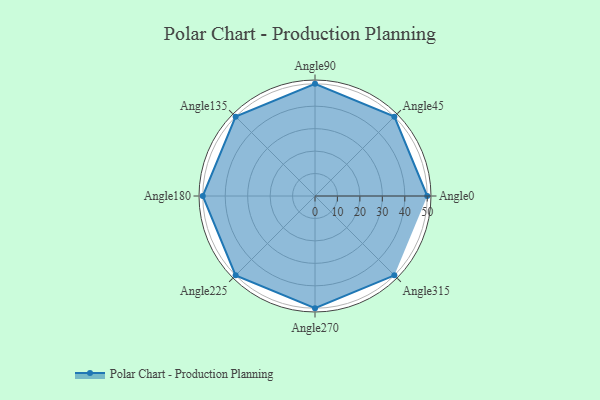
{"axis": {"x": "Angle", "y": "Radius"}, "legend": [""], "data": [{"x": "Angle0", "y": 50, "type": ""}, {"x": "Angle45", "y": 50, "type": ""}, {"x": "Angle90", "y": 50, "type": ""}, {"x": "Angle135", "y": 50, "type": ""}, {"x": "Angle180", "y": 50, "type": ""}, {"x": "Angle225", "y": 50, "type": ""}, {"x": "Angle270", "y": 50, "type": ""}, {"x": "Angle315", "y": 50, "type": ""}]}